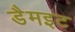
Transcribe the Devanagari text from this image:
डैमइट